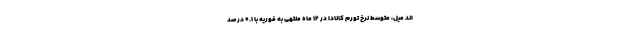
اند میل، متوسط نرخ تورم کانادا در ۱۲ ماه منتهی به فوریه با ۰.۱ درصد